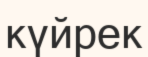
күйрек